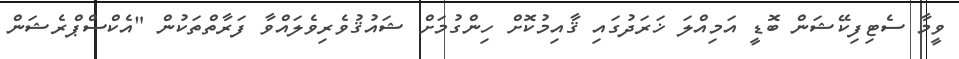
ވީމާ ސެޓިފިކޭޝަން ބޮޑީ އަމިއްލަ ޚަރަދުގައި ޤާއިމުކޮށް ހިންގުމަށް ޝައުޤުވެރިވެލައްވާ ފަރާތްތަކުން "އެކްސްޕްރެޝަން